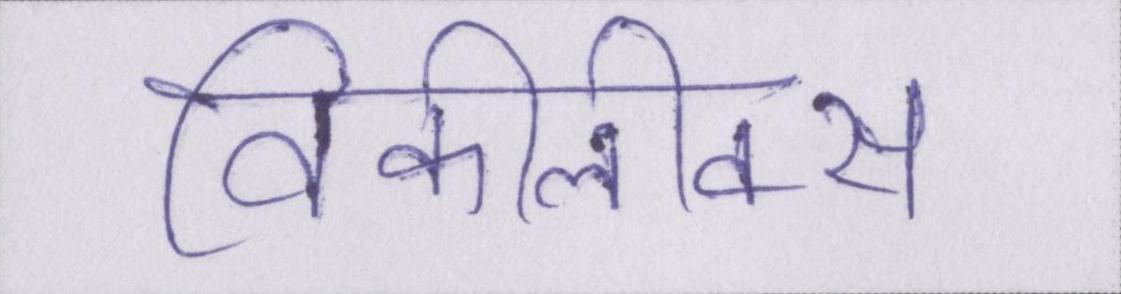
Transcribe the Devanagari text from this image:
विकीलीक्स